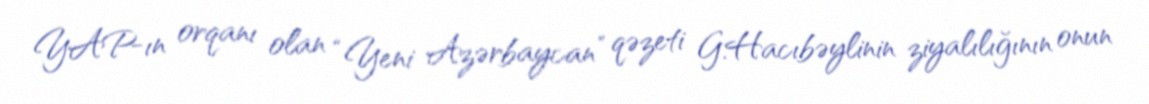
YAP-ın orqanı olan “Yeni Azərbaycan” qəzeti G.Hacıbəylinin ziyalılığının onun